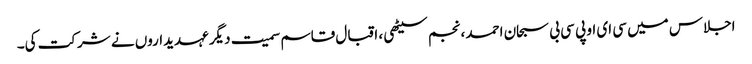
اجلاس میں سی ای او پی سی بی سبحان احمد ، نجم سیٹھی ، اقبال قاسم سمیت دیگر عہدیداروں نے شرکت کی۔